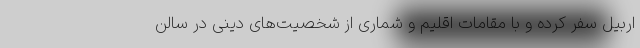
اربیل سفر کرده و با مقامات اقلیم و شماری از شخصیت‌های دینی در سالن